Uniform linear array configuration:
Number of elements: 48
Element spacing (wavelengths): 0.25
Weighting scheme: uniform
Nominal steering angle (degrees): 30
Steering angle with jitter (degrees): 28.81
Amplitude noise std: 0.05
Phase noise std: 0.05

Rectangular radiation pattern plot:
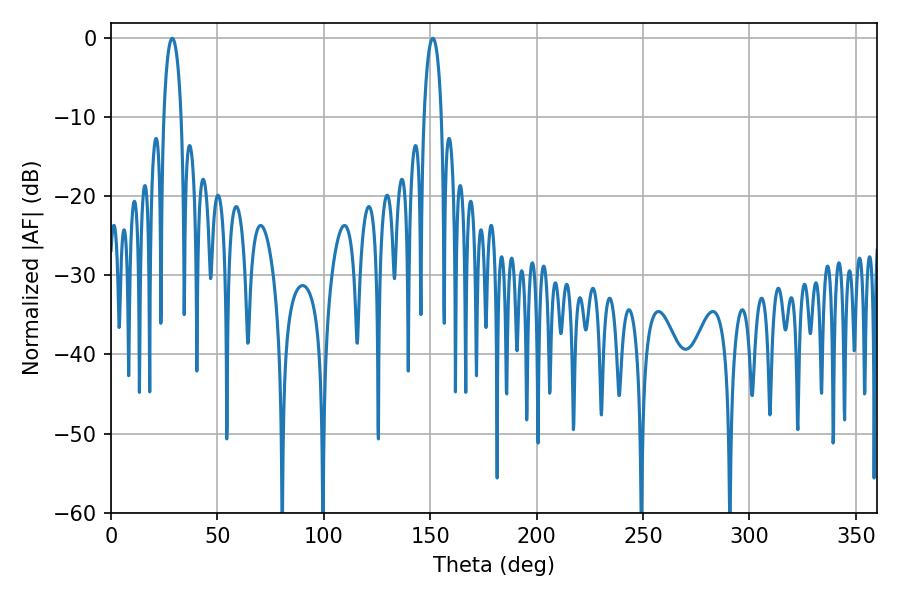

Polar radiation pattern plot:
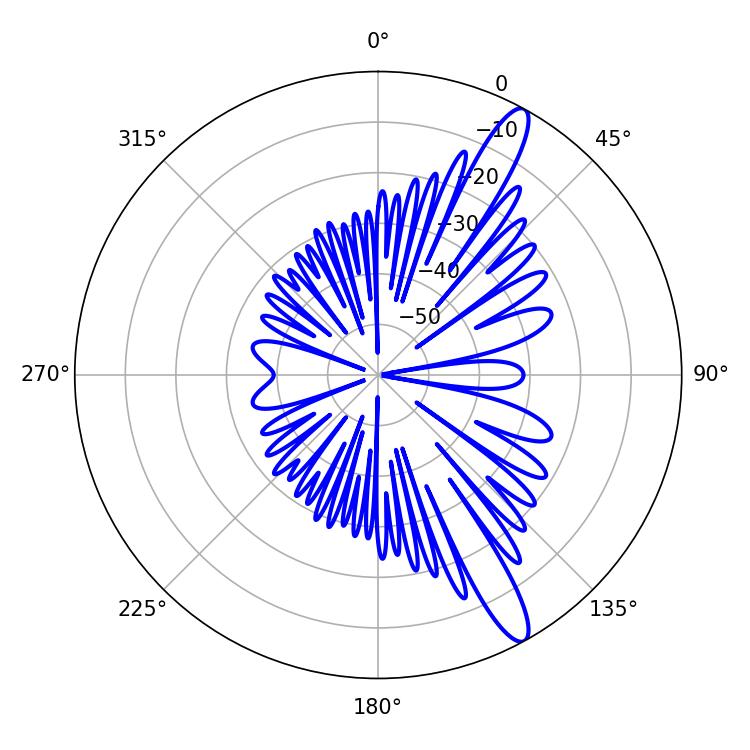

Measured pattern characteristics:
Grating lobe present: FALSE
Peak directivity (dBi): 13.365
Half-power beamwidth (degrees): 4.68
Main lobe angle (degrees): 28.8